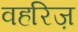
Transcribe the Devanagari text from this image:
वहरिज़